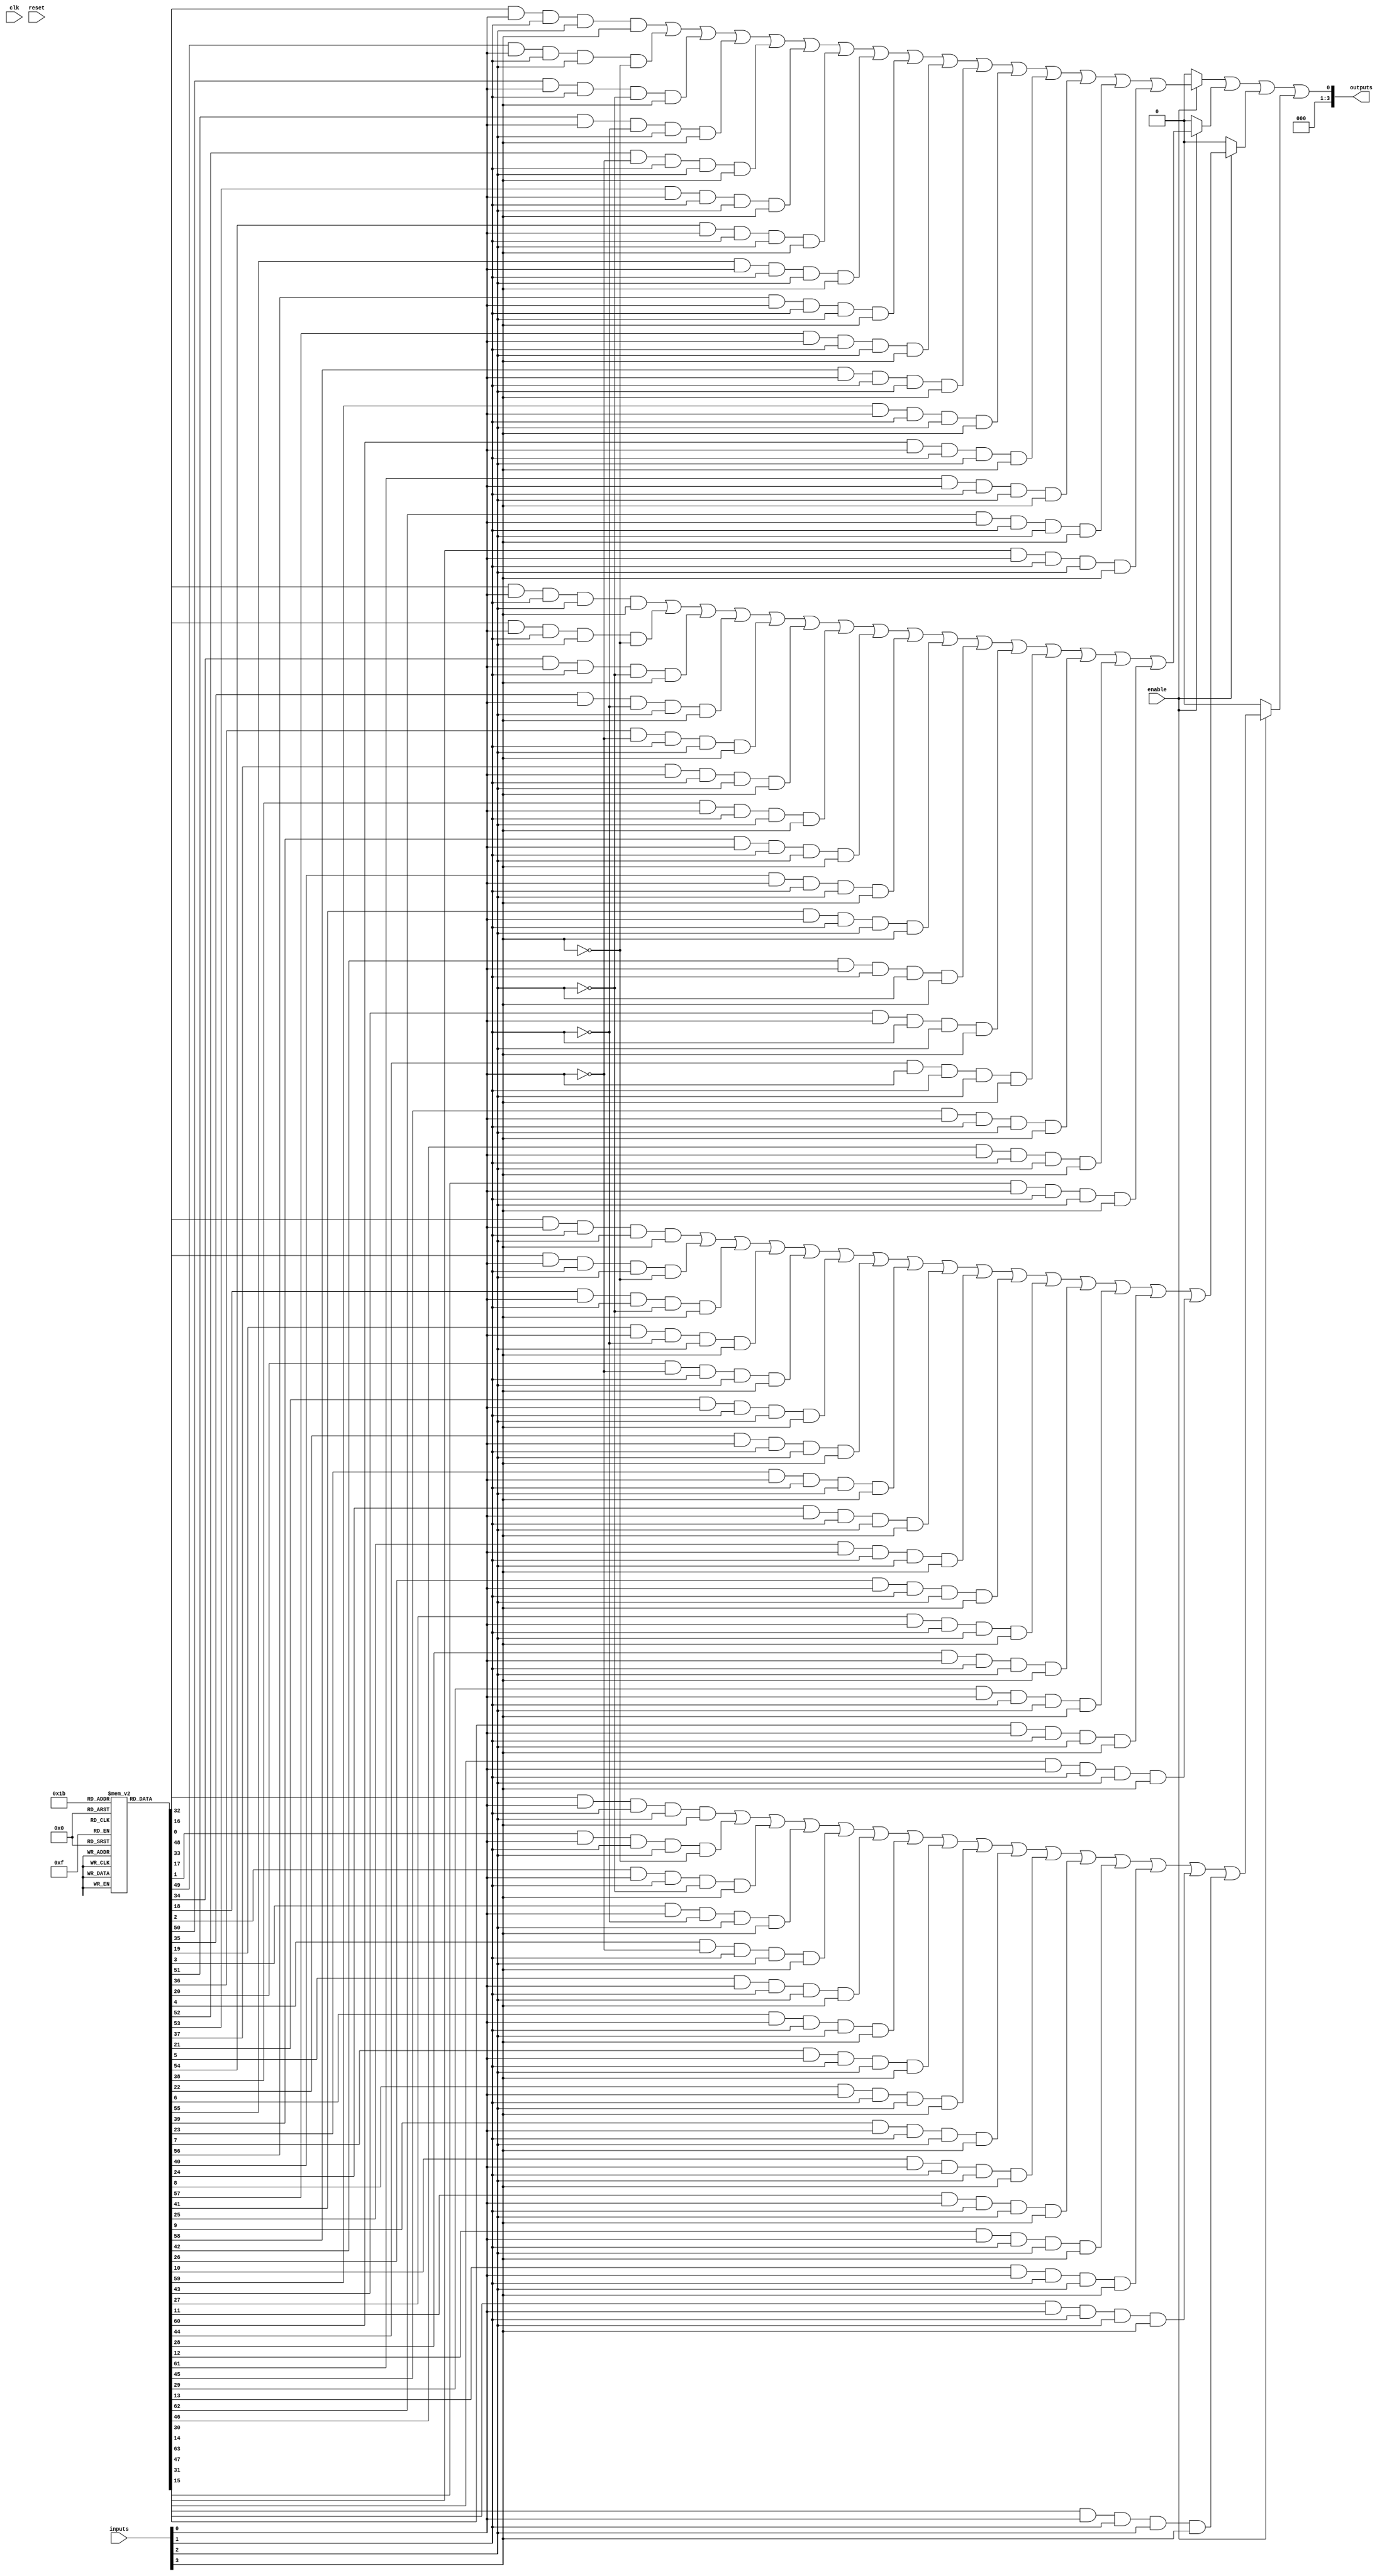
module combinational_logic_block #(
    parameter NUM_LES = 4,        // Number of Logic Elements
    parameter NUM_INPUTS = 8,     // Number of Inputs
    parameter NUM_OUTPUTS = 4      // Number of Outputs
)(
    input  wire [NUM_INPUTS-1:0]  inputs,        // Input signals
    input  wire                    enable,        // Enable signal for LEs
    input  wire                    clk,           // Global clock signal
    input  wire                    reset,         // Global reset signal
    output wire [NUM_OUTPUTS-1:0] outputs         // Output signals
);

    // Configuration memory for LUTs (example: 4-input LUTs)
    reg [15:0] lut_config [0:NUM_LES-1]; // LUT configuration for each LE

    // Logic Elements (LEs)
    wire [NUM_LES-1:0] le_outputs; // Outputs from each LE

    genvar i;
    generate
        for (i = 0; i < NUM_LES; i = i + 1) begin : logic_elements
            // 4-input LUT implementation
            assign le_outputs[i] = enable ? 
                (lut_config[i][0] & inputs[0] & inputs[1] & inputs[2] & inputs[3]) |
                (lut_config[i][1] & inputs[0] & inputs[1] & inputs[2] & ~inputs[3]) |
                (lut_config[i][2] & inputs[0] & inputs[1] & ~inputs[2] & inputs[3]) |
                (lut_config[i][3] & inputs[0] & ~inputs[1] & inputs[2] & inputs[3]) |
                (lut_config[i][4] & ~inputs[0] & inputs[1] & inputs[2] & inputs[3]) |
                (lut_config[i][5] & inputs[0] & inputs[1] & inputs[2] & inputs[3]) |
                (lut_config[i][6] & inputs[0] & inputs[1] & inputs[2] & inputs[3]) |
                (lut_config[i][7] & inputs[0] & inputs[1] & inputs[2] & inputs[3]) |
                (lut_config[i][8] & inputs[0] & inputs[1] & inputs[2] & inputs[3]) |
                (lut_config[i][9] & inputs[0] & inputs[1] & inputs[2] & inputs[3]) |
                (lut_config[i][10] & inputs[0] & inputs[1] & inputs[2] & inputs[3]) |
                (lut_config[i][11] & inputs[0] & inputs[1] & inputs[2] & inputs[3]) |
                (lut_config[i][12] & inputs[0] & inputs[1] & inputs[2] & inputs[3]) |
                (lut_config[i][13] & inputs[0] & inputs[1] & inputs[2] & inputs[3]) |
                (lut_config[i][14] & inputs[0] & inputs[1] & inputs[2] & inputs[3]) |
                (lut_config[i][15] & inputs[0] & inputs[1] & inputs[2] & inputs[3]) : 1'b0;
        end
    endgenerate

    // Output logic (example: simple combination of LE outputs)
    assign outputs = le_outputs[0] | le_outputs[1] | le_outputs[2] | le_outputs[3];

    // Configuration initialization (example)
    initial begin
        // Example configuration for LUTs
        lut_config[0] = 16'b0000000000000001; // Example configuration for LE0
        lut_config[1] = 16'b0000000000000010; // Example configuration for LE1
        lut_config[2] = 16'b0000000000000100; // Example configuration for LE2
        lut_config[3] = 16'b0000000000001000; // Example configuration for LE3
    end

endmodule